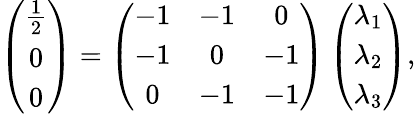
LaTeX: \left(\begin{array}{c}{\frac{1}{2}}\\ {0}\\ {0}\end{array}\right)=\left(\begin{array}{ccc}{-1}&{-1}&{0}\\ {-1}&{0}&{-1}\\ {0}&{-1}&{-1}\end{array}\right)\left(\begin{array}{c}{\lambda_{1}}\\ {\lambda_{2}}\\ {\lambda_{3}}\end{array}\right),